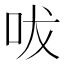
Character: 㕹